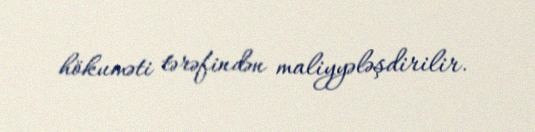
hökuməti tərəfindən maliyyələşdirilir.